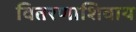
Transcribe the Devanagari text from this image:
वितरणाशिवाय